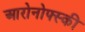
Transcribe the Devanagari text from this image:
आरोनोफ्स्की